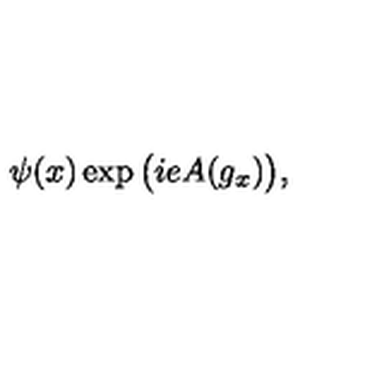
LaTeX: \psi ( x ) \exp { \big ( i e A ( g _ { x } ) \big ) } ,